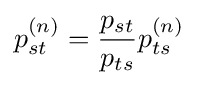
p_{st}^{(n)}={\frac {p_{st}}{p_{ts}}}p_{ts}^{(n)}